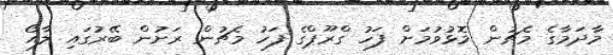
މާދަމާގެ މެޗުން މޮޅުވުމަށް ފަހު ގްރޫޕްގެ ފަހު މެޗުން ރަށުން ބޭރުގައި ލާއޯ